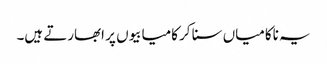
یہ ناکامیاں سنا کر کامیابیوں پر ابھارتے ہیں۔